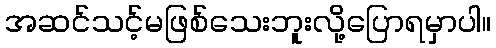
အဆင်သင့်မဖြစ်သေးဘူးလို့ပြောရမှာပါ။